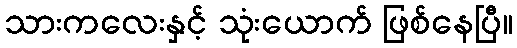
သားကလေးနှင့် သုံးယောက် ဖြစ်နေပြီ။